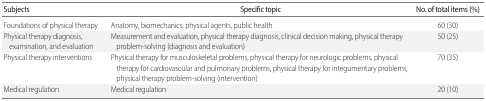
<table><thead><tr><td><b>Subjects</b></td><td><b>Specific topic</b></td><td><b>No. of total items (%)</b></td></tr></thead><tbody><tr><td>Foundations of physical therapy</td><td>Anatomy, biomechanics, physical agents, public health</td><td>60 (30)</td></tr><tr><td>Physical therapy diagnosis, examination, and evaluation</td><td>Measurement and evaluation, physical therapy diagnosis, clinical decision making, physical therapy problem-solving (diagnosis and evaluation)</td><td>50 (25)</td></tr><tr><td>Physical therapy interventions</td><td>Physical therapy for musculoskeletal problems, physical therapy for neurologic problems, physical therapy for cardiovascular and pulmonary problems, physical therapy for integumentary problems, physical therapy problem-solving (intervention)</td><td>70 (35)</td></tr><tr><td>Medical regulation</td><td>Medical regulation</td><td>20 (10)</td></tr></tbody></table>